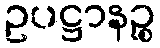
ဥပဋ္ဌာနဉ္စ